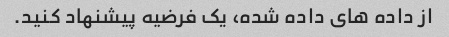
از داده های داده شده، یک فرضیه پیشنهاد کنید.